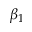
\beta _ { 1 }